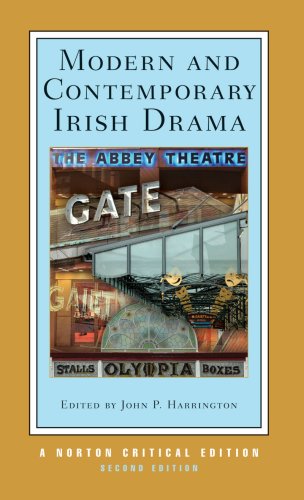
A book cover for Modern and Contemporary Irish Drama (Second Edition)  (Norton Critical Editions); Literature & Fiction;